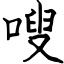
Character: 嗖